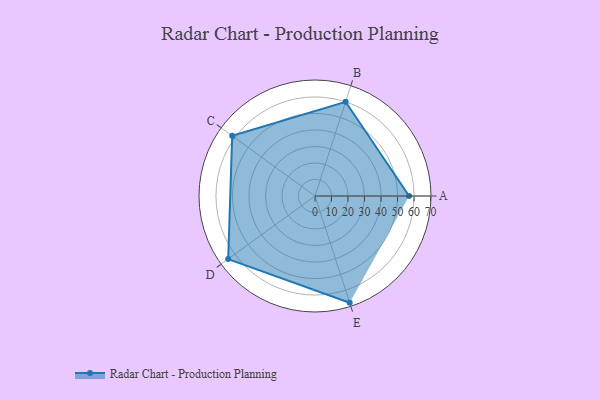
{"axis": {"x": "Skill", "y": "Score"}, "legend": ["Profile"], "data": [{"x": "A", "y": 57.0, "type": "Profile"}, {"x": "B", "y": 60.0, "type": "Profile"}, {"x": "C", "y": 62.0, "type": "Profile"}, {"x": "D", "y": 65.0, "type": "Profile"}, {"x": "E", "y": 68.0, "type": "Profile"}]}